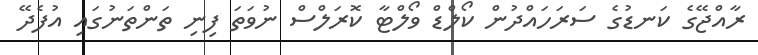
ރާއްޖޭގެ ކަނޑުގެ ސަރަހައްދުން ކޯލްޑް ވޯލްޓާ ކޮރަލްސް ނުވަތަ ފިނި ތަންތަނުގައި އުފެދޭ